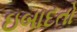
ઇબાદતો